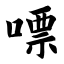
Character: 嘌